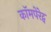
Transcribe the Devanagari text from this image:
कॉमपेरेट्व